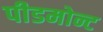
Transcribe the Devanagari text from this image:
पीडमोन्ट